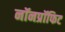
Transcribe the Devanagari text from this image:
नॉनप्रॉफिट